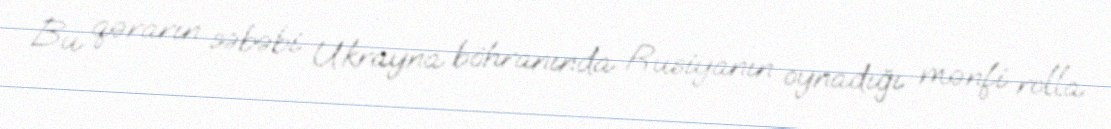
Bu qərarın səbəbi Ukrayna böhranında Rusiyanın oynadığı mənfi rolla